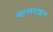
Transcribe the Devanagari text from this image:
बल्लटाइन